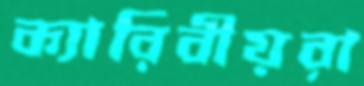
ক্যারিবীয়রা